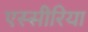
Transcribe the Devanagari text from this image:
एस्सीरिया